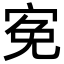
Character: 𡨚